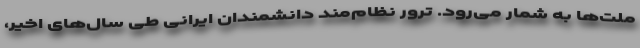
ملت‌ها به شمار می‌رود. ترور نظام‌مند دانشمندان ایرانی طی سال‌های اخیر،